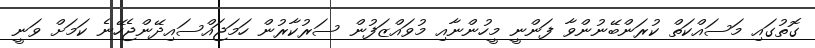
ގޮތުގައި މަސައްކަތް ކުރަންބޭނުންވާ ފަންނީ މީހުންނާއި މުވައްޒަފުން ސަރުކާރުން ހަމަޖައްސައިދޭންޖެހޭނެ ކަމަށް ވަނީ